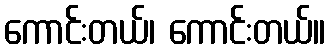
ကောင်းတယ်၊ ကောင်းတယ်။